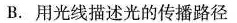
(B.用光线描述光的传播路径